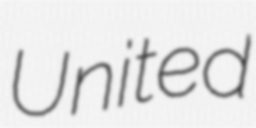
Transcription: United